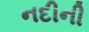
નદીની